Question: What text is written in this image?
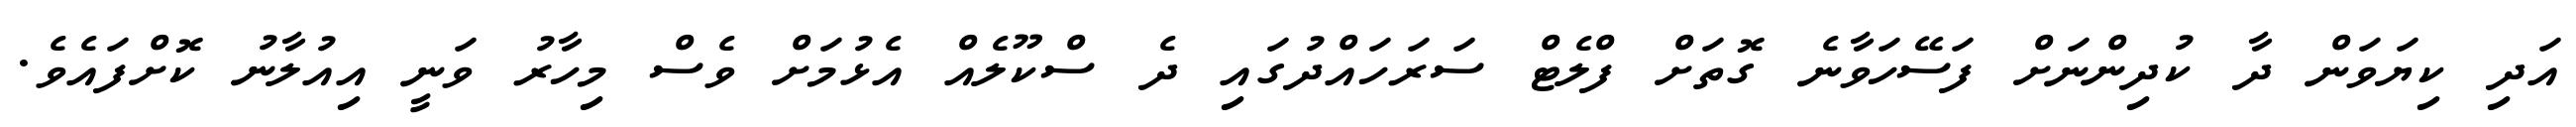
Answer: އަދި ކިޔަވަން ދާ ކުދިންނަށް ފަސޭހަވާނެ ގޮތަށް ފްލެޓް ސަރަހައްދުގައި ދެ ސްކޫލެއް އެޅުމަށް ވެސް މިހާރު ވަނީ އިއުލާނު ކޮށްފައެވެ.